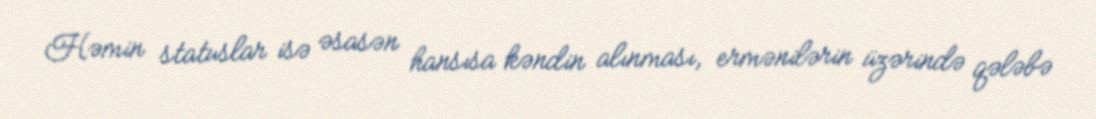
Həmin statuslar isə əsasən hansısa kəndin alınması, ermənilərin üzərində qələbə